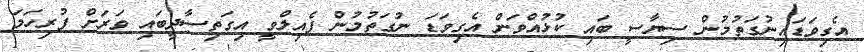
އެގިވަޑައިނުގަތުމުން ސިޔާސީ ބައި ކުޅުއްވަން އެގިވަޑަ ނުގަތުމުން ފެއިލްވީ އިގަތިސާދީބައި ވަރަށް ފުރިހަމަ